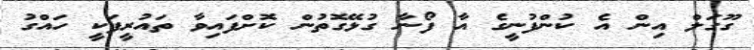
ގޫގަލް އިން އެ ކުންފުނީގެ އާ ފޯނާ ގުޅޭގޮތުން ކޮށްފައިވާ ތައުރީފަކީ ހައްގު